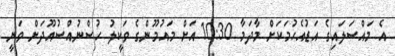
އެ މައްސަލައިގެ އަޑުއެހުމަކަށް މާދަމާ 10:30 އަށް މައުމޫންގެ ވަކީލު ހުސްނުއްސުއޫދަށް ވަނީ